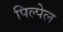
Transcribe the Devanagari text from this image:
पिल्पेल